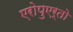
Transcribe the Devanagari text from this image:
एरोपुएर्तो